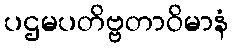
ပဌမပတိဗ္ဗတာဝိမာနံ